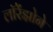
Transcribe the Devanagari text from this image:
लॉरेंझोने